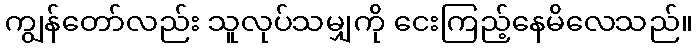
ကျွန်တော်လည်း သူလုပ်သမျှကို ငေးကြည့်နေမိလေသည်။